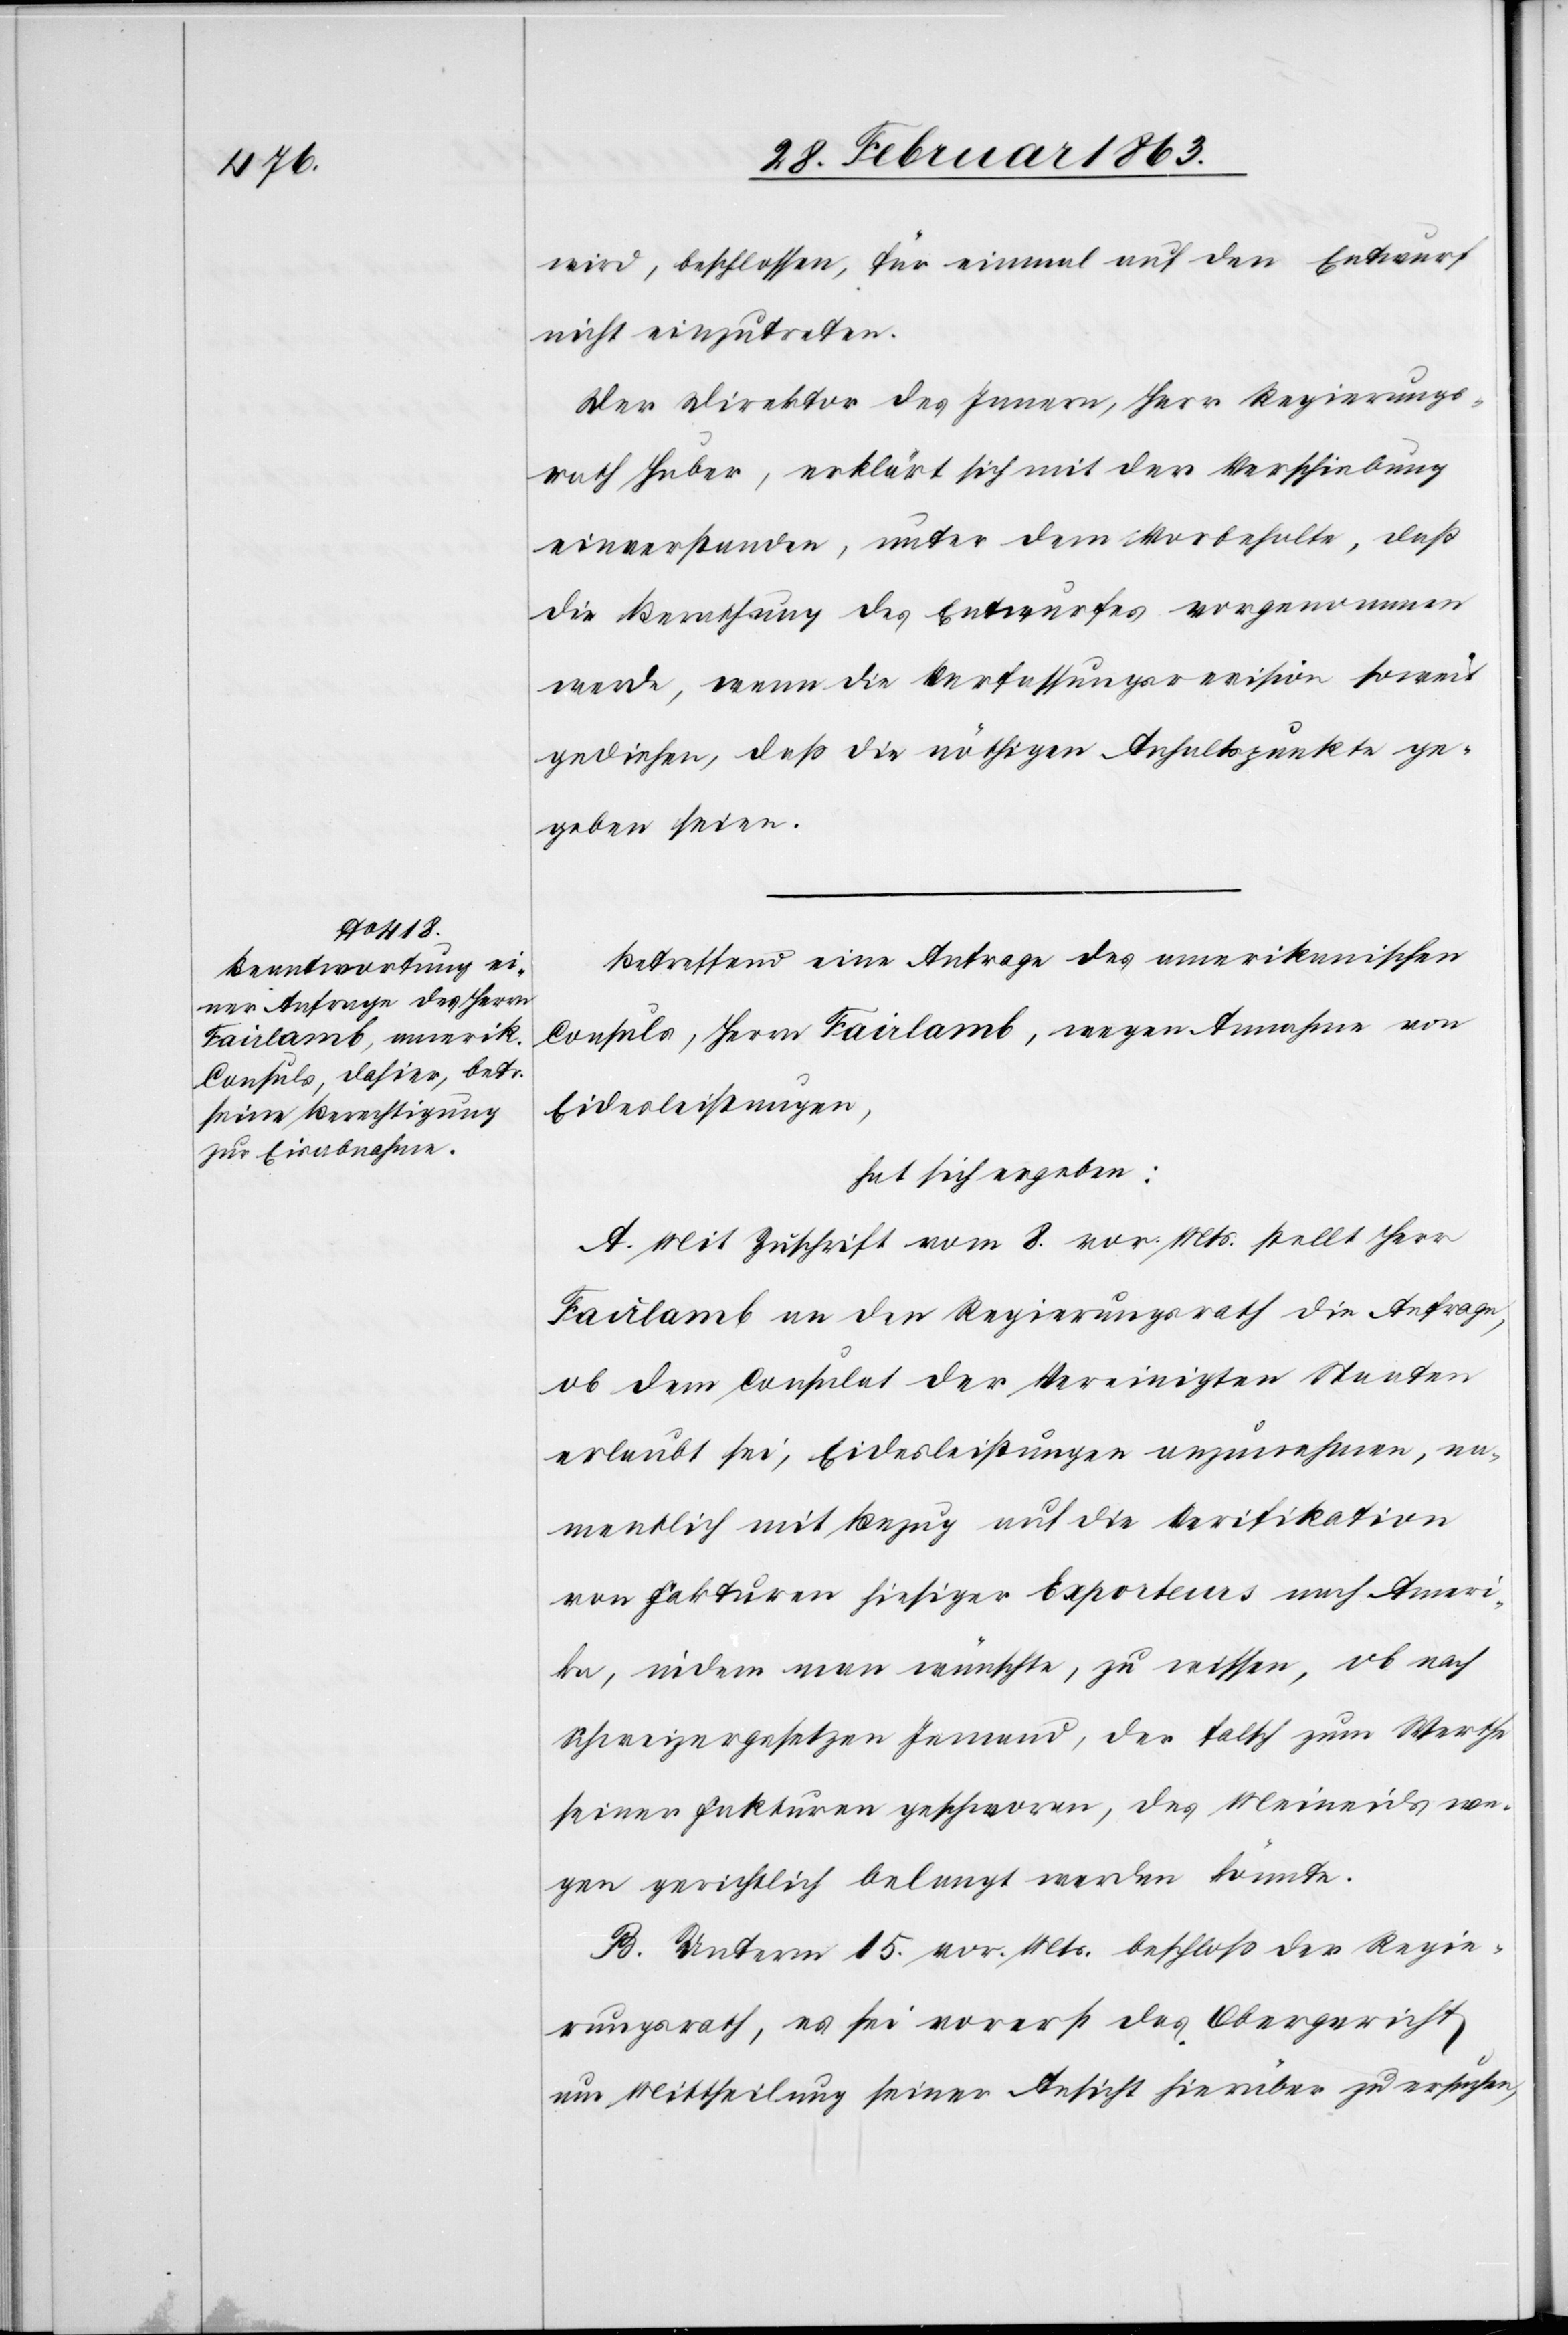
wird, beschlossen, für einmal auf den Entwurf
nicht einzutreten.
Der Direktion des Innern, Herr Regierungs¬
rath Huber, erklärt sich mit der Verschiebung
einverstanden, unter dem Vorbehalte, daß
die Berathung des Entwurfes vorgenommen
werde, wenn die Verfassungsrevision soweit
gediehen, daß die nöthigen Anhaltspunkte ge¬
geben seien.
Betreffend eine Anfrage des amerikanischen
Consuls, Herrn Fairlamb, wegen Annahme von
Eidesleistungen,
hat sich ergeben:
A. Mit Zuschrift vom 8. vor. Mts. stellt Herr
Fairlamb an den Regierungsrath die Anfrage,
ob dem Consulat der Vereinigten Staaten
erlaubt sei, Eidesleistungen anzurechnen, na¬
mentlich mit Bezug auf die Verifikation
von Fakturen hiesiger Exporteurs nach Ameri¬
ka, indem man wünschte, zu wissen, ob nach
Schweizergesetzen Jemand, der falsch zum Werthe
seiner Fakturen geschworen, des Meineids we¬
gen gerichtlich belangt werden könnte.
B. Unterm 15. vor. Mts. beschloß der Regie¬
rungsrath, es sei vorerst das Obergericht
um Mittheilung seiner Ansicht hierüber zu ersuchen,